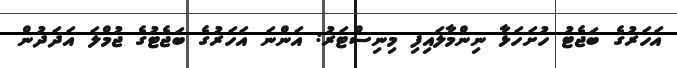
އަހަރުގެ ބަޖެޓު ހުށަހަޅާ ނިންމާލައިފި މިނިސްޓަރު: އަންނަ އަހަރުގެ ބަޖެޓުގެ ޖުމްލަ އަދަދުން